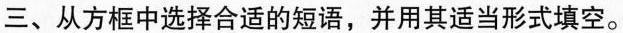
三、从方框中选择合适的短语,并用其适当形式填空。